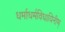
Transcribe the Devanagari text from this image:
धर्माधर्मविधायिनीम्